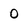
Character: 0